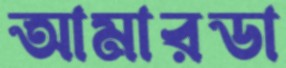
আমারডা